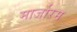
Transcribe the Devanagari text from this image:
मार्जारम